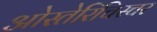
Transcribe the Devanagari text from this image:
ओस्तेरिचिस्चर